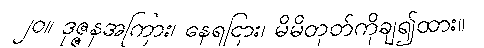
၂၀။ ဒုဇ္ဇနအကြား၊ နေရငြား၊ မိမိတုတ်ကိုချ၍ထား။